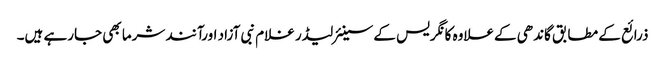
ذرائع کے مطابق گاندھی کےعلاوہ کانگریس کے سینئرلیڈر غلام نبی آزاد اورآنند شرما بھی جارہے ہیں۔